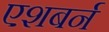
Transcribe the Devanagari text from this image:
एशबर्न